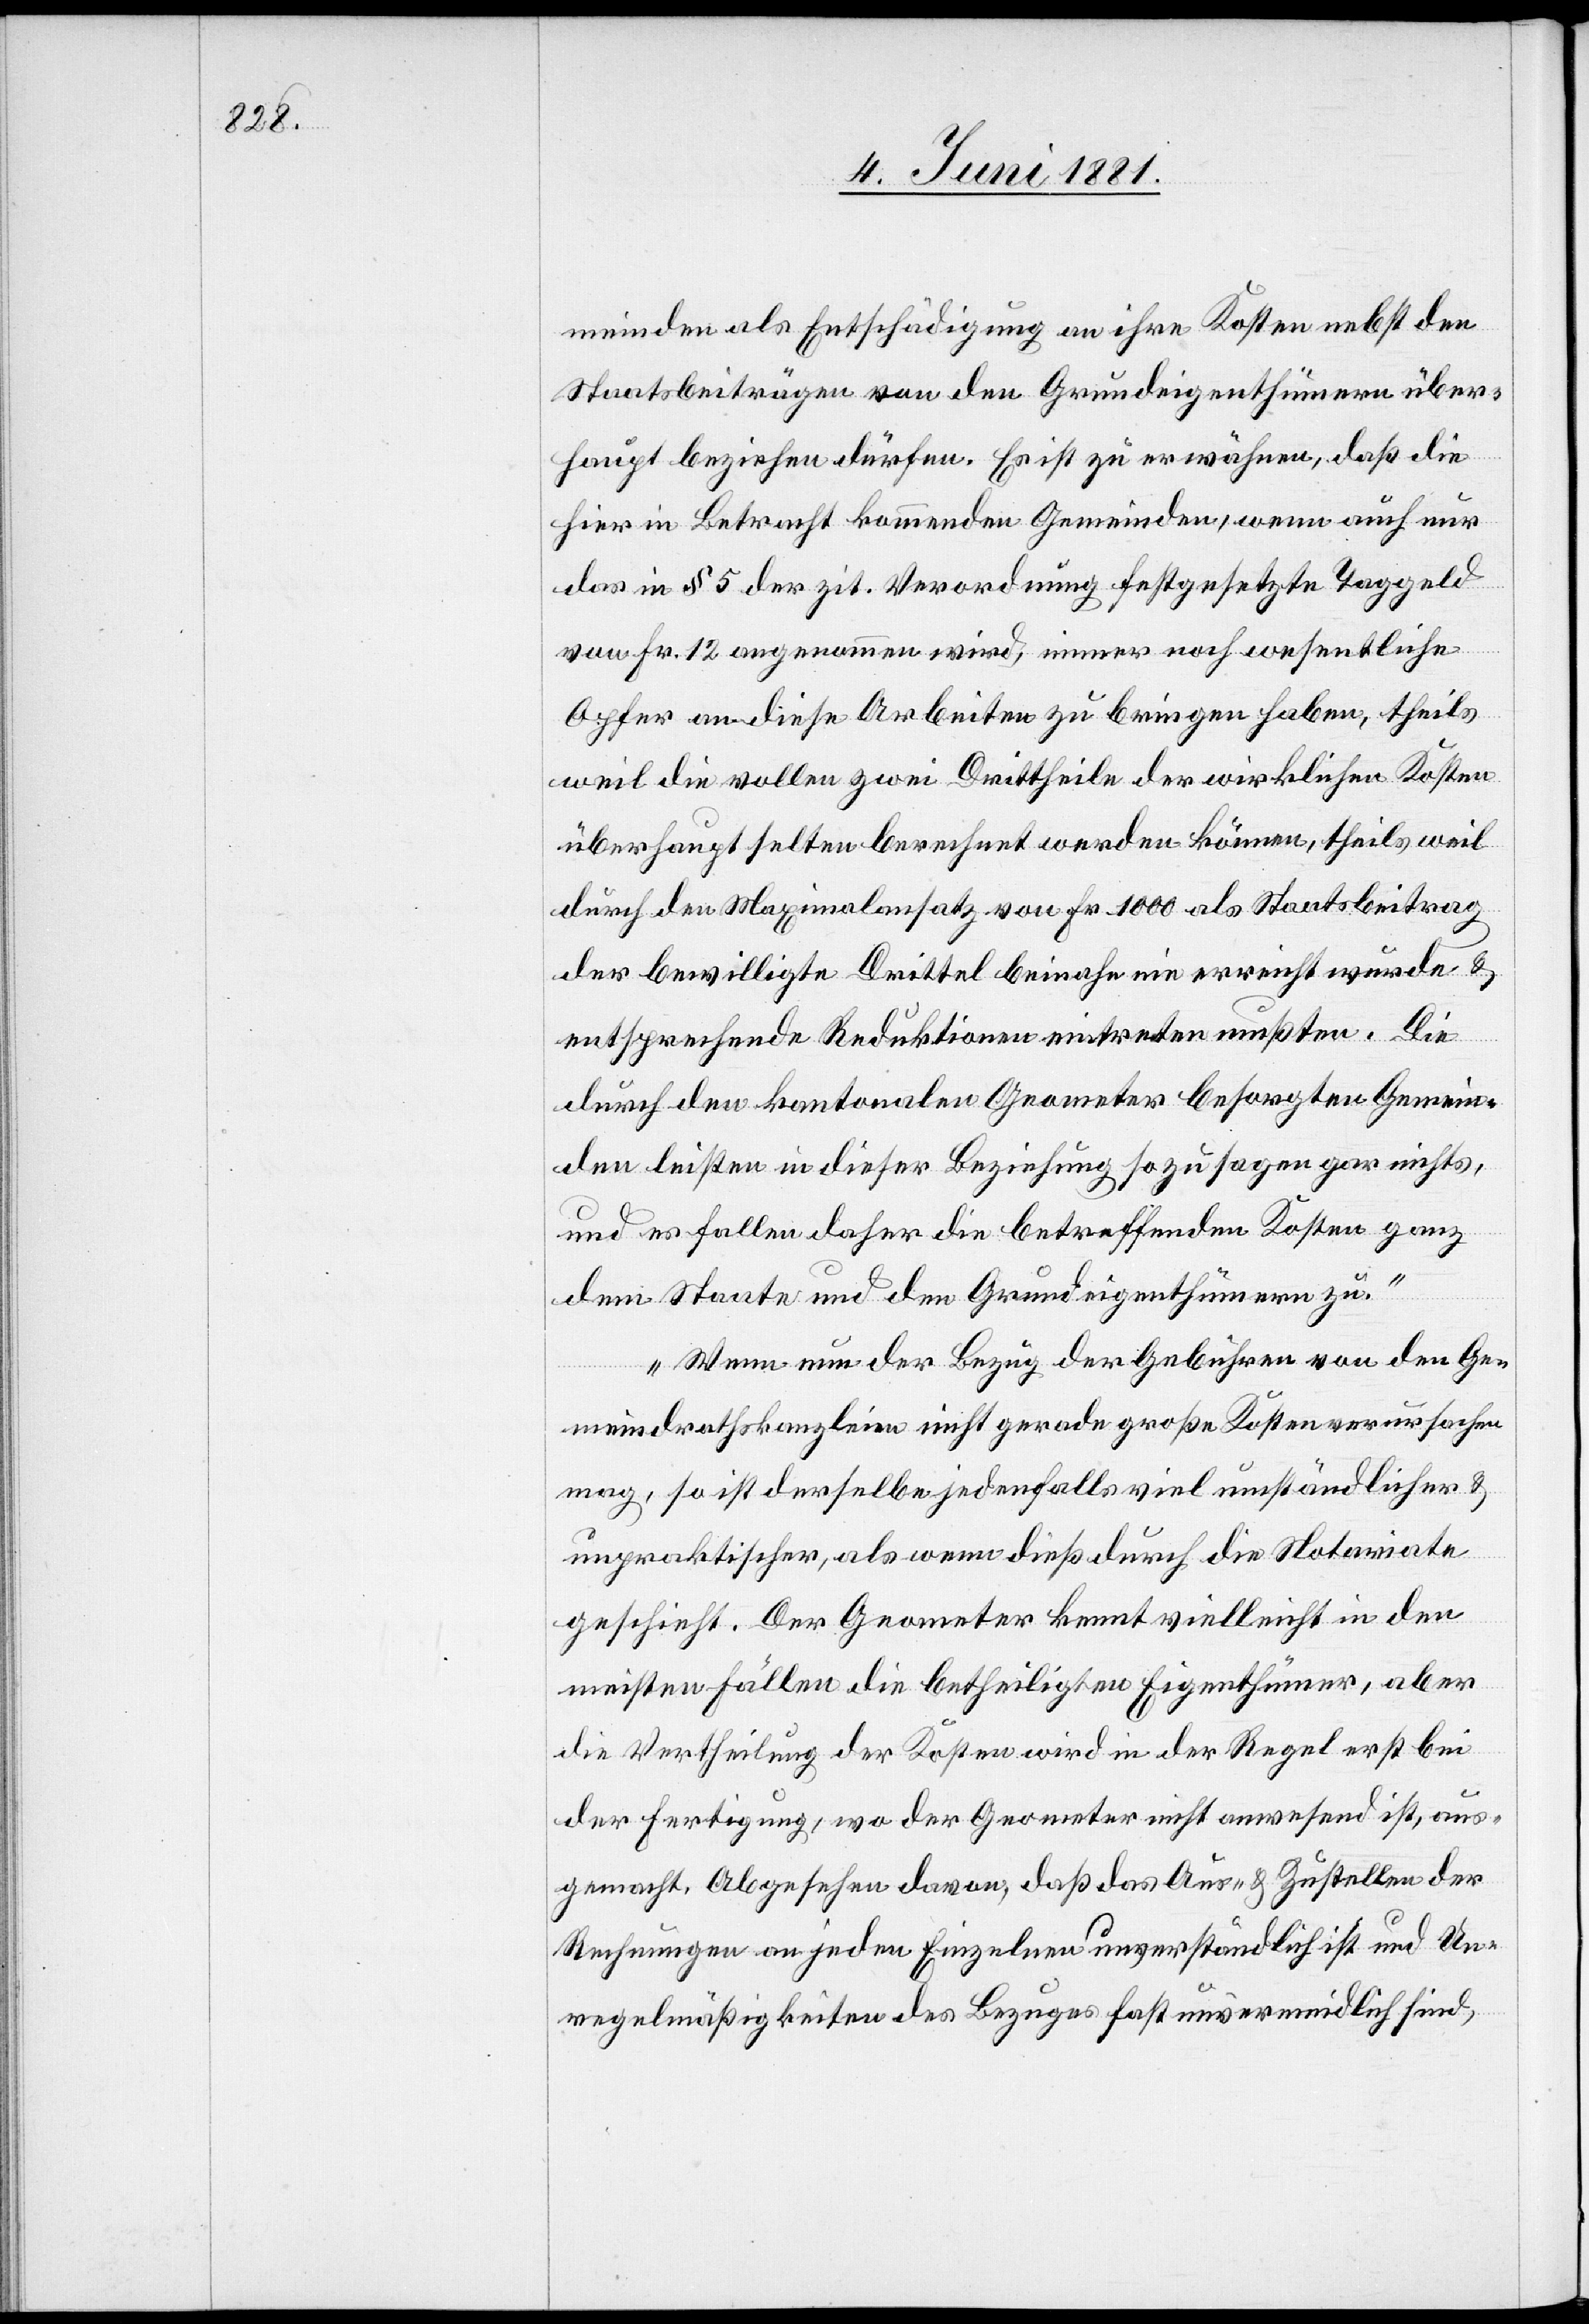
meinden als Entschädigung an ihre Kosten nebst den
Staatsbeiträgen von den Grundeigenthümern über¬
haupt beziehen dürfen. Es ist zu erwähnen, daß die
hier in Betracht kommenden Gemeinden, wenn auch nur
das in § 5 der zit. Verordnung festgesetzte Taggeld
von Fr. 12 angenommen wird, einer noch wesentliche
Opfer an diese Arbeiter zu bringen haben, theils
weil die vollen zwei Drittheile der wirklichen Kosten
überhaupt selten berechnet werden können, theils weil
durch den Maximalansatz von Fr. 1000 als Staatsbeitrag
der bewilligte Drittel beinahe nie erreicht wurde &
entsprechende Reduktionen eintreten mußten. Die
durch den kantonalen Geometer besorgten Gemein¬
den leisten in dieser Beziehung sozusagen gar nichts,
und es fallen daher die betreffenden Kosten ganz
dem Staate und den Grundeigenthümern zu.
Wenn nun der Bezug der Gebühren von den Ge¬
meindrathskanzleien nicht gerade große Kosten verursachen
mag, so ist derselbe jedenfalls viel umständlicher &
unpraktischer, als wenn dieß durch die Notariate
geschieht. Der Geometer kennt vielleicht in den
meisten Fällen die betheiligten Eigenthümer, aber
die Vertheilung der Kosten wird in der Regel erst bei
der Fertigung, wo der Geometer nicht anwesend ist, aus¬
gemacht. Abgesehen davon, daß das Aus- & Zustellen der
Rechnungen an jeden Einzelnen unverständlich ist und Un¬
regelmäßigkeiten des Bezuges fast unvermeidlich sind,